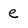
Character: e